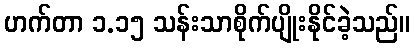
ဟက်တာ ၁.၁၅ သန်းသာစိုက်ပျိုးနိုင်ခဲ့သည်။